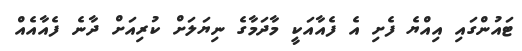
ޓައުންގައި އިއްޔެ ފެށި އެ ފެއާއަކީ މާދަމާގެ ނިޔަލަށް ކުރިއަށް ދާނެ ފެއާއެއް